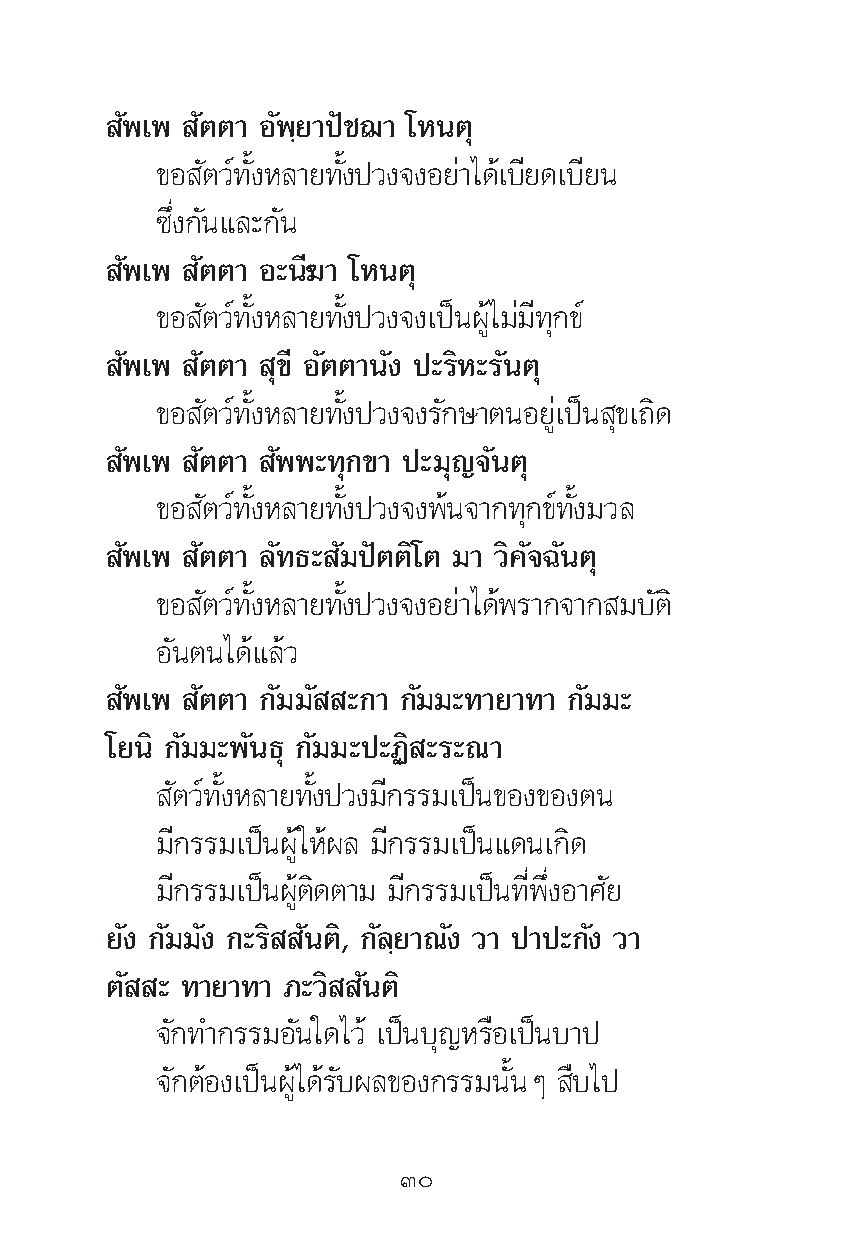
—æ‡æ —μμ“ Õ—æ⁄¬“ªí™¨“ ‚Àπμÿ
 ¢Õ —μ«å∑—ÈßÀ≈“¬∑—Èßª«ß®ßÕ¬à“‰¥â‡∫’¬¥‡∫’¬π
 ´÷Ëß°—π·≈–°—π
 —æ‡æ —μμ“ Õ–π’¶“ ‚Àπμÿ
 ¢Õ —μ«å∑—ÈßÀ≈“¬∑—Èßª«ß®ß‡ªìπºŸâ‰¡à¡’∑ÿ°¢å
 —æ‡æ —μμ“ ÿ¢’ Õ—μμ“π—ß ª–√‘À–√—πμÿ
 ¢Õ —μ«å∑—ÈßÀ≈“¬∑—Èßª«ß®ß√—°…“μπÕ¬Ÿà‡ªìπ ÿ¢‡∂‘¥
 —æ‡æ —μμ“ —ææ–∑ÿ°¢“ ª–¡ÿ≠®—πμÿ
 ¢Õ —μ«å∑—ÈßÀ≈“¬∑—Èßª«ß®ßæâπ®“°∑ÿ°¢å∑—Èß¡«≈
 —æ‡æ —μμ“ ≈—∑∏– —¡ªíμμ‘‚μ ¡“ «‘§—®©—πμÿ
 ¢Õ —μ«å∑—ÈßÀ≈“¬∑—Èßª«ß®ßÕ¬à“‰¥âæ√“°®“° ¡∫—μ‘
 Õ—πμπ‰¥â·≈â«
 —æ‡æ —μμ“ °—¡¡— –°“ °—¡¡–∑“¬“∑“ °—¡¡–
 ‚¬π‘ °—¡¡–æ—π∏ÿ °—¡¡–ª–Ø‘ –√–≥“
 —μ«å∑—ÈßÀ≈“¬∑—Èßª«ß¡’°√√¡‡ªìπ¢Õß¢Õßμπ
 ¡’°√√¡‡ªìπºŸâ„Àâº≈ ¡’°√√¡‡ªìπ·¥π‡°‘¥
 ¡’°√√¡‡ªìπºŸâμ‘¥μ“¡ ¡’°√√¡‡ªìπ∑’Ëæ÷ËßÕ“»—¬
 ¬—ß °—¡¡—ß °–√‘ —πμ‘, °—≈⁄¬“≥—ß «“ ª“ª–°—ß «“
 μ— – ∑“¬“∑“ ¿–«‘ —πμ‘
 ®—°∑”°√√¡Õ—π„¥‰«â ‡ªìπ∫ÿ≠À√◊Õ‡ªìπ∫“ª
 ®—°μâÕß‡ªìπºŸâ‰¥â√—∫º≈¢Õß°√√¡π—ÈπÊ ◊∫‰ª
 Û